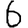
Digit: 6